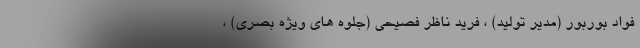
فواد بوربور (مدیر تولید) ، فرید ناظر فصیحی (جلوه های ویژه بصری) ،